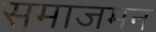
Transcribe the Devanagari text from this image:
समाजमन